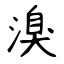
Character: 溴